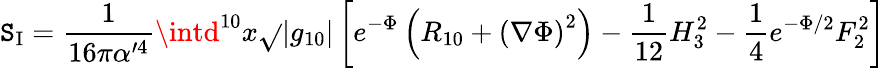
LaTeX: \mathtt{S}_{\mathrm{{I}}}=\frac{{1}}{{16\pi\alpha^{\prime4}}}\intd^{10}x\sqrt{}{{|g_{10}|}}\left[e^{-\Phi}\left(R_{10}+\left(\nabla\Phi\right)^{2}\right)-\frac{{1}}{{12}}H_{3}^{2}-\frac{{1}}{{4}}e^{-\Phi/2}F_{2}^{2}\right]